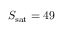
S _ { \mathrm { s a t } } = 4 9